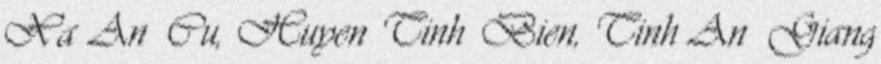
Xa An Cu, Huyen Tinh Bien, Tinh An Giang